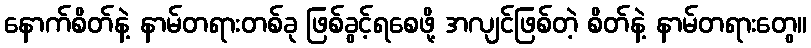
နောက်စိတ်နဲ့ နာမ်တရားတစ်ခု ဖြစ်ခွင့်ရစေဖို့ အလျင်ဖြစ်တဲ့ စိတ်နဲ့ နာမ်တရားတွေ။